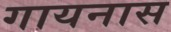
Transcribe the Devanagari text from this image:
गायनास